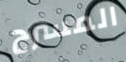
المسرح